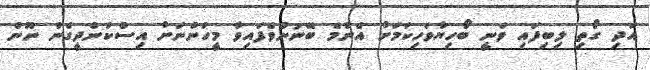
އަދި ގޯތި ލިބިފައި ވަނީ ބޯހިޔާވަހިކަމަށް އެންމެ ބޭނުންވެފައިވާ މީހުންނަށް އިސްކަންދީގެން ނޫން